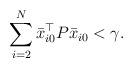
LaTeX: \begin{align*}\sum_{i=2}^{N} \bar{x}_{i0}^{\top} P \bar{x}_{i0} <\gamma.\end{align*}